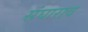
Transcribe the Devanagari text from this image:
संघाराव